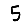
Digit: 5